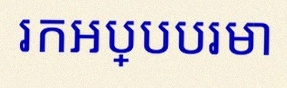
រកអប្បបរមា